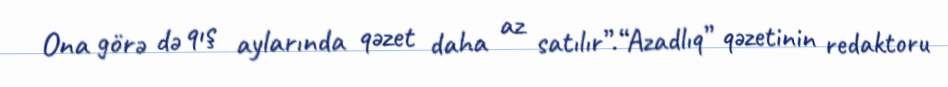
Ona görə də qış aylarında qəzet daha az satılır”.“Azadlıq” qəzetinin redaktoru